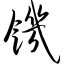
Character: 饥